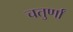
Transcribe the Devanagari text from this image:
चतुर्णां